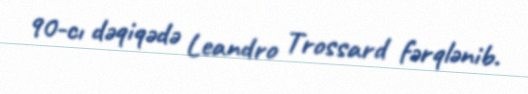
90-cı dəqiqədə Leandro Trossard fərqlənib.